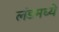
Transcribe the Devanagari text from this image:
लंडमध्ये